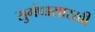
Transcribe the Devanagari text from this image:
सुगंधासारखी